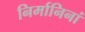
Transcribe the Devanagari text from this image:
निर्मानिनां